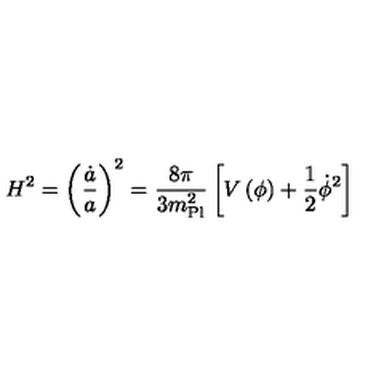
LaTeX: H ^ { 2 } = \left( { \frac { \dot { a } } { a } } \right) ^ { 2 } = { \frac { 8 \pi } { 3 m _ { \mathrm { P l } } ^ { 2 } } } \left[ V \left( \phi \right) + { \frac { 1 } { 2 } } \dot { \phi } ^ { 2 } \right]